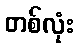
တစ်လုံး